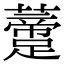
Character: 𧂨